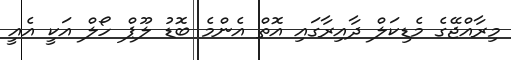
މިރާއްޖޭގެ މެޑިކަލް ދާއިރާގައި އޮތް އެންމެ ބޮޑު ލޫޕް ހޯލް އަކީ އެއީ